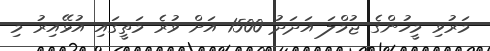
މަރުވި މީހުންގެ ޖުމްލަ އަދަދު 1500 އަށް ވުރެ މަތީގައި އުޅޭއިރު މި